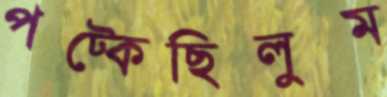
পট্‌কেছিলুম